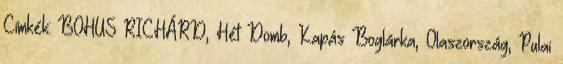
Címkék: BOHUS RICHÁRD, Hét Domb, Kapás Boglárka, Olaszország, Pulai